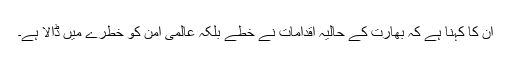
ان کا کہنا ہے کہ بھارت کے حالیہ اقدامات نے خطے بلکہ عالمی امن کو خطرے میں ڈالا ہے۔